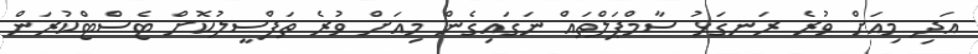
އަދި މިއަށް ވުރެ ރަނގަޅު ސާމްޕަލްތައް ނަގައިގެން މިއަށް ވުރެ ތަފްސީލުކޮށް ޓެސްޓްކުރަން